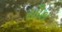
સૌથ